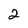
Character: 2